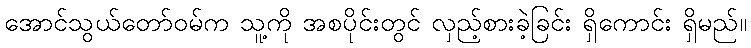
အောင်သွယ်တော်ဝမ်က သူ့ကို အစပိုင်းတွင် လှည့်စားခဲ့ခြင်း ရှိကောင်း ရှိမည်။